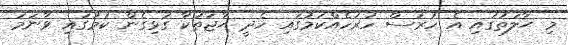
މި ޙާލަތުގައި އެ ހުރަސް ހުރަހެއްކަމުގައި ހެދީ ޙާޖަތަކާ ގުޅިގެން ކަމުގައި ވާނަމަ